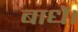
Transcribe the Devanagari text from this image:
बाधें।